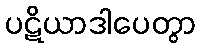
ပဋိယာဒါပေတွာ